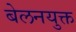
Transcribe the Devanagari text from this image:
बेलनयुक्त